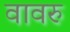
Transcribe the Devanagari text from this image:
वावरु